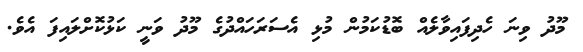
މޫދު ވިނަ ހެދިފައިވާލެއް ބޮޑުކަމުން މުޅި އެސަރަހައްދުގެ މޫދު ވަނީ ކަޅުކޮށްލައިފަ އެވެ.